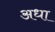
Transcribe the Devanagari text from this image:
अधा